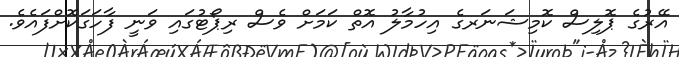
އޭރުގެ ޕޮލިސް ކޮމިޝަނަރގެ އިހުމާލު އޮތް ކަމަށް ވެސް ރިޕޯޓުގައި ވަނީ ފާހަގަކޮށްފައެވެ.